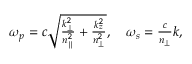
\begin{array} { r } { \omega _ { p } = c \sqrt { \frac { k _ { \perp } ^ { 2 } } { n _ { \parallel } ^ { 2 } } + \frac { k _ { z } ^ { 2 } } { n _ { \perp } ^ { 2 } } } , \quad \omega _ { s } = \frac { c } { n _ { \perp } } k , } \end{array}